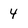
Character: 4